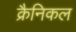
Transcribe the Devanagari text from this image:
क्रैनिकल